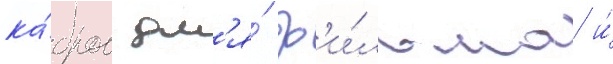
ка́дров дл'я́ ф'и́льма и́